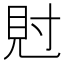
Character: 䙸